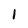
Character: 1